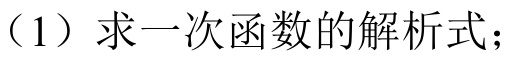
（1）求一次函数的解析式；